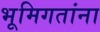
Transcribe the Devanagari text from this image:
भूमिगतांना